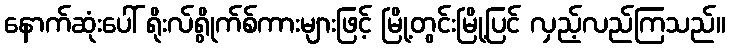
နောက်ဆုံးပေါ် ရိုးလ်ရွိုက်စ်ကားများဖြင့် မြို့တွင်းမြို့ပြင် လှည့်လည်ကြသည်။